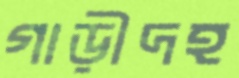
গাড়ীদহ